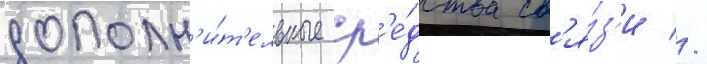
дополн'и́т'ельные ср'е́дства св'я́з'и //